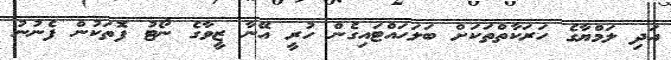
އަދި ލަމްޔާގެ ހަރަކާތްތަކަށް ބަލަހައްޓައިގެން ހުރީ އޭނާ ޒީވާގެ ނޯޓު ފޮތަކުން ފެނުނު